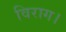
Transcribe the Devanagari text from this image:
विराग।